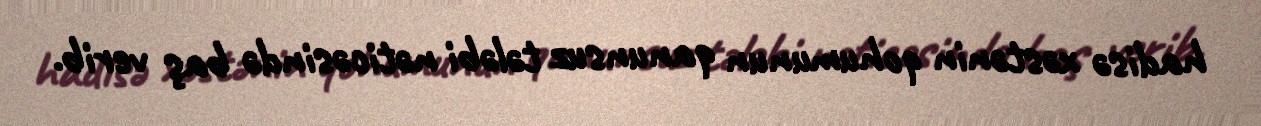
hadisə xəstənin qohumunun qanunsuz tələbi nəticəsində baş verib.